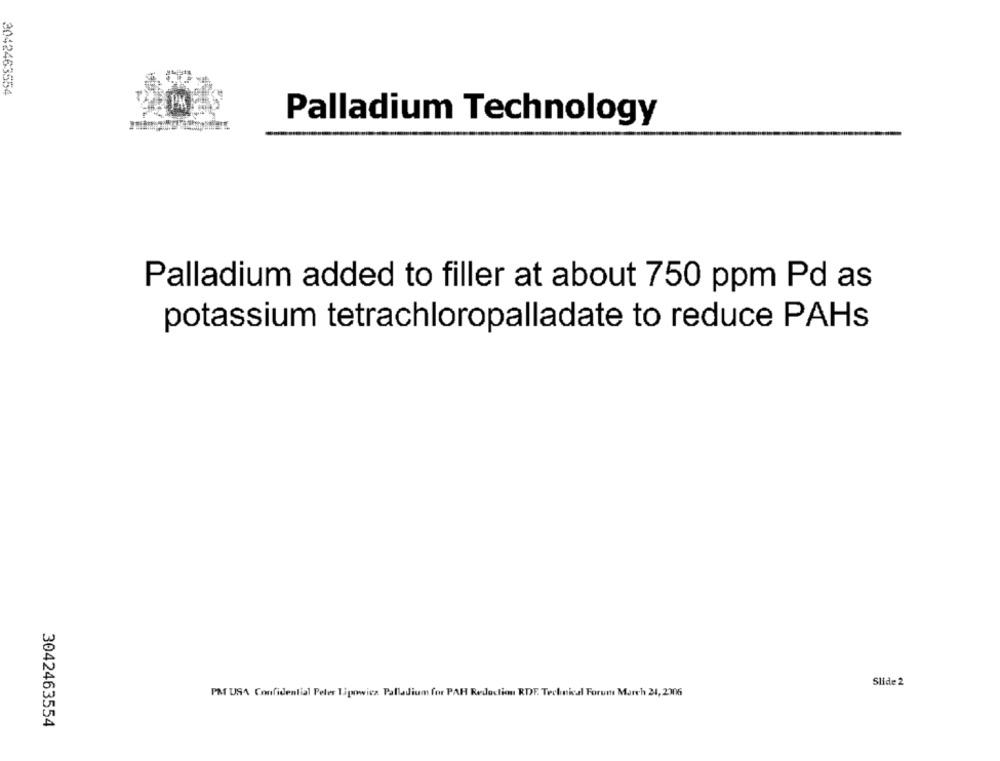
2042463554
Palladium Technology
Palladium added to filler at about 750 ppm Pd as
potassium tetrachloropalladate to reduce PAHs
Slide 2
PM USA Confidential Peter Tipowicz Palladium for PAR Redaction RDF. Technical Forum March 21, 2306
3042463554